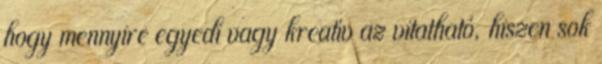
hogy mennyire egyedi vagy kreatív az vitatható, hiszen sok